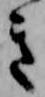
き